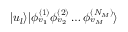
| u _ { l } \rangle | \phi _ { v _ { 1 } } ^ { ( 1 ) } \phi _ { v _ { 2 } } ^ { ( 2 ) } \ldots \phi _ { v _ { M } } ^ { ( N _ { M } ) } \rangle